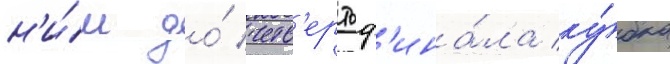
н'и́м до́ четв'ертьф'ина́ла ку́бка